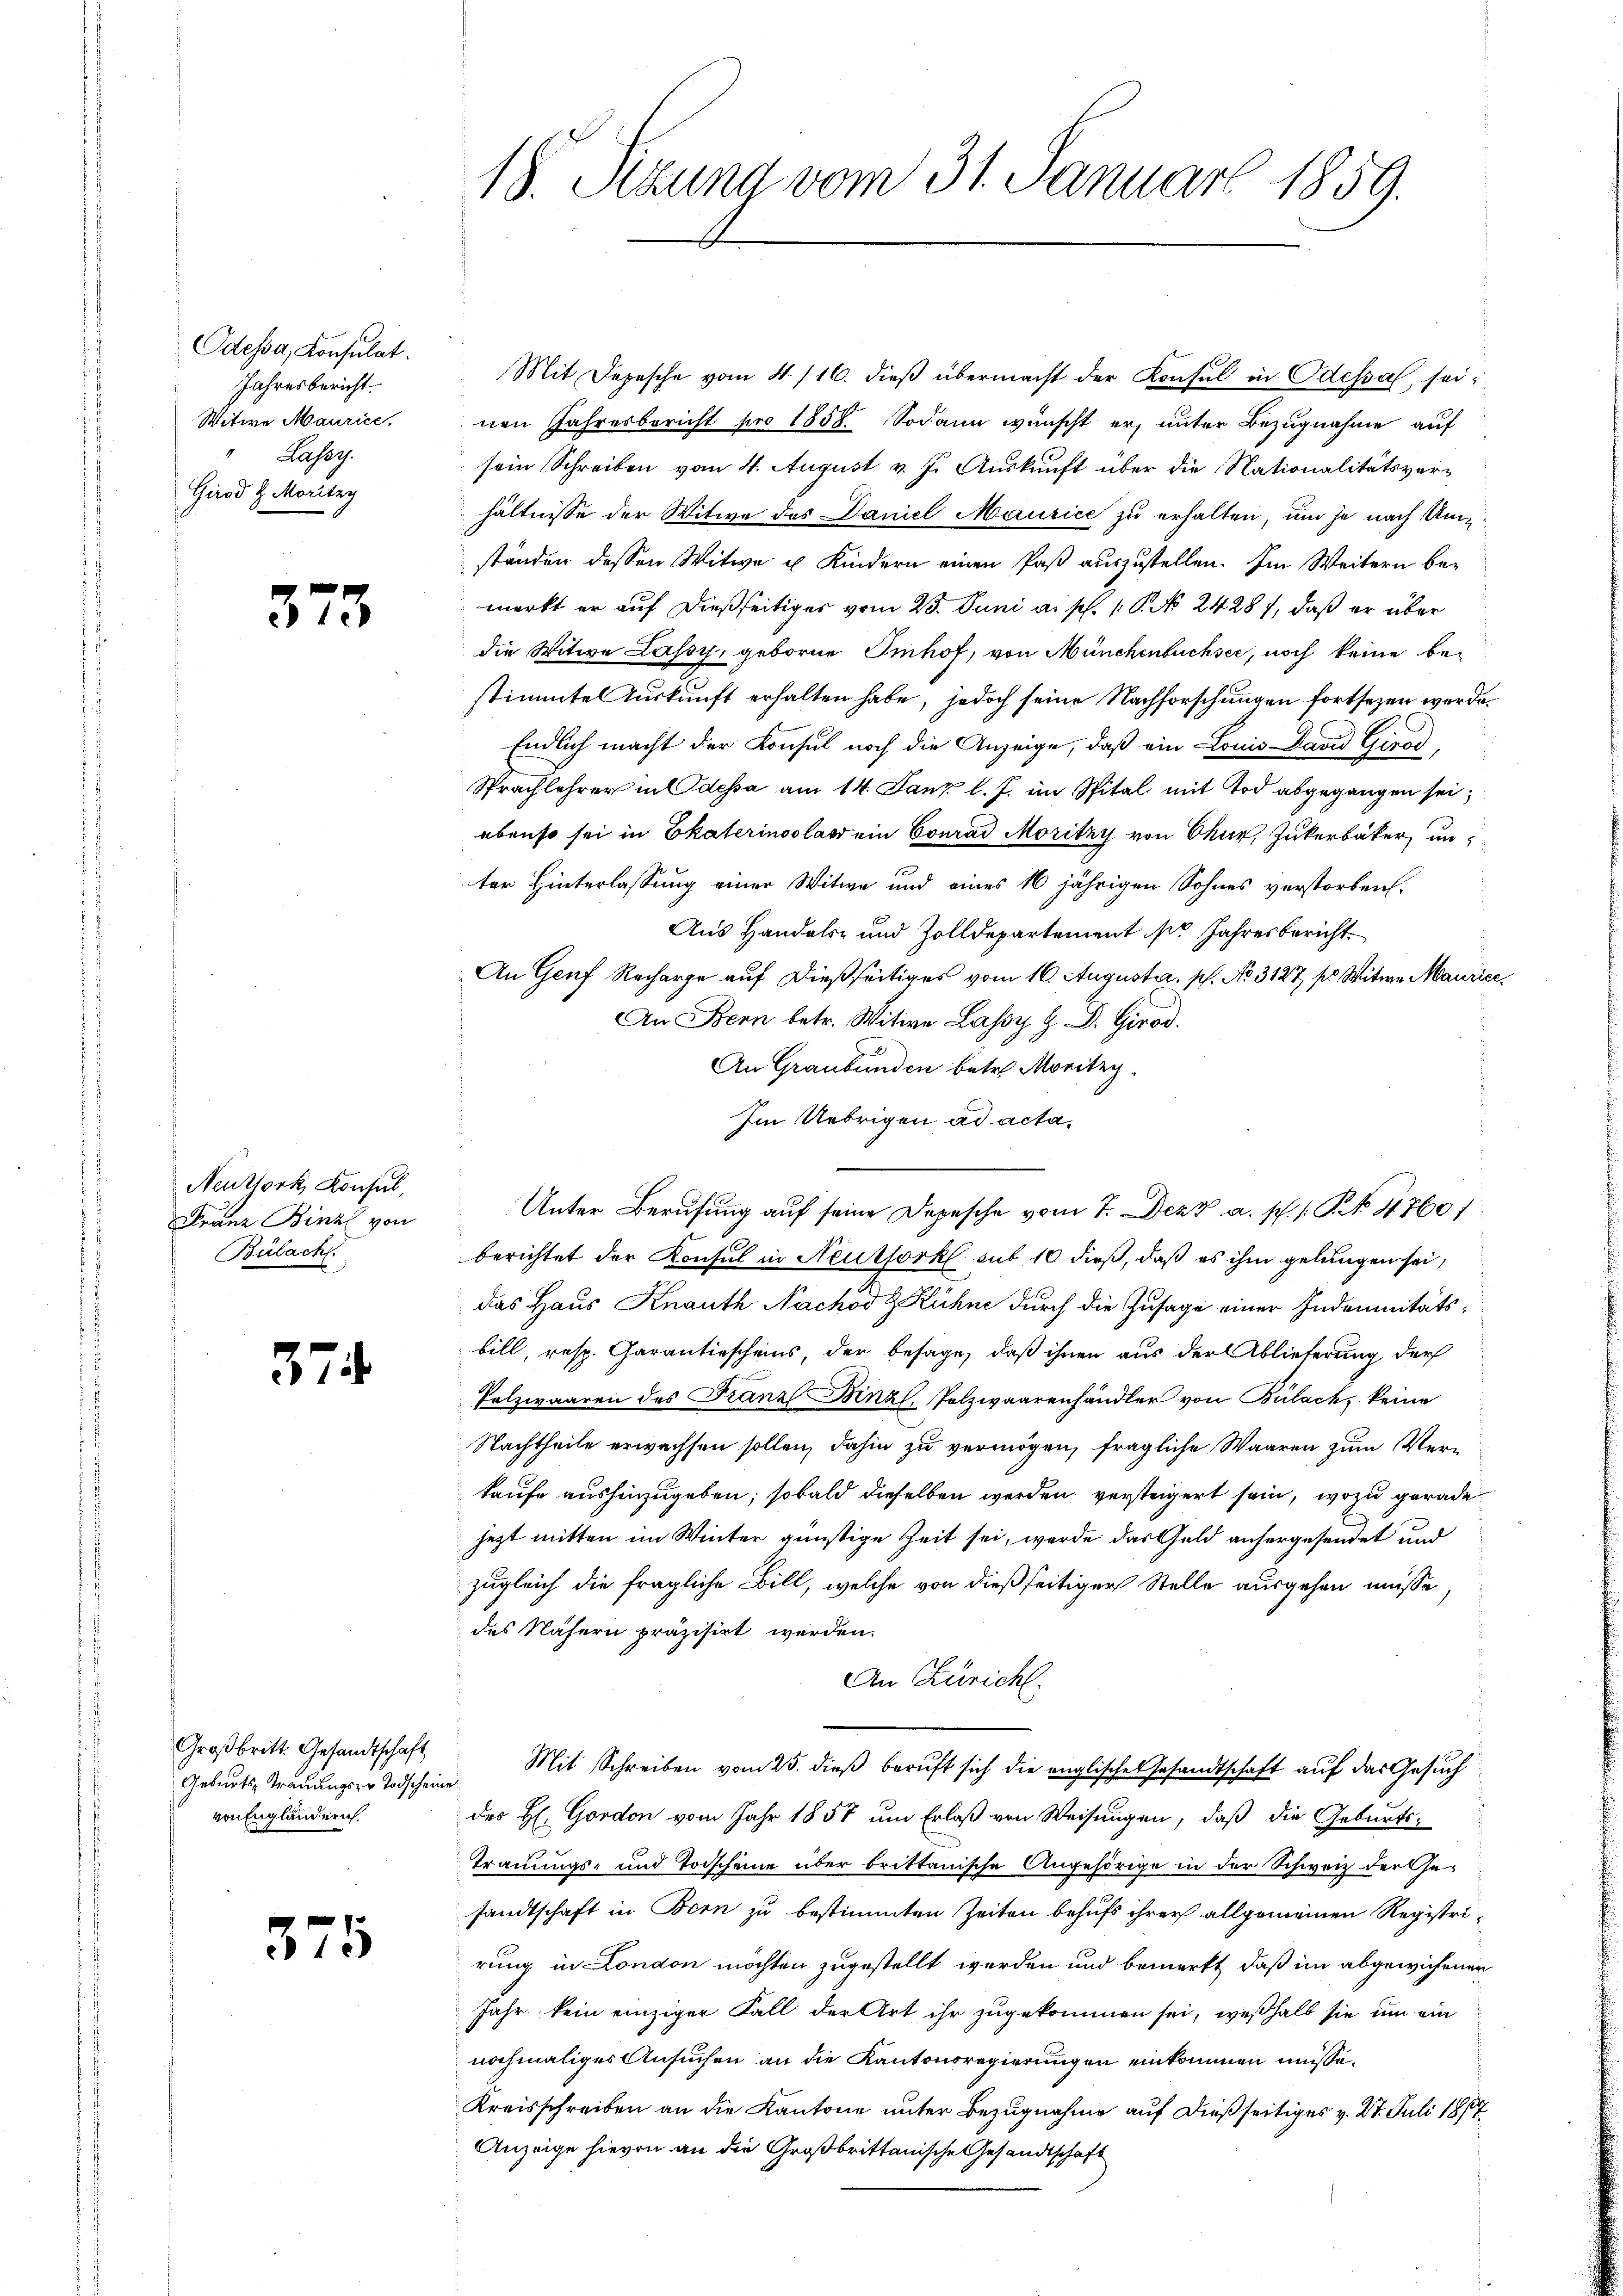
Odessa, Konsulat
Jahresbericht.
Witwe Maurice,
Lasse.
Girad Z. Moritzy

373

Neuttork, Konsul,
Franz Binzl von
Bülach.

37

Großbritt. Gesandtschaft
Geburts- Trauungs- u Todscheine
von Engländern.

375

18. Rtzung vom 31. Januar 1859.

Mit Depesche vom 4/16. dieβ übermacht der Konsul in Odessal seinen Jahresbericht pro 1858. Sodann wünscht er, unter Bezugnahme auf
sein Schreiben vom 4. August v. J. Auskunft über die Nationalitätsverhältnisse der Witwe des Daniel Maurice zu erhalten, und je nach Umständen dessen Witwe u Kindern einen Paß auszustellen. Im Weitern bemerkt er auf dießseitiges vom 23. Juni a. p. 1 P. No 2428), daß er über
die Witwe Lassy, geborne Imhof, von Münchenbuchsee, noch keine bestimmte Auskunft erhalten habe, jedoch seine Nachforschungen fortsezen werde.
Endlich macht der Konsul noch die Anzeige, daß ein Louis David Gired,
Sprachlehrer in Odessa am 14. Janz l. J. im Spital mit Tod abgegangen sei,
ebenso sei in Ekaterinoslass ein Conrad Moritzy von Chur, Zukerbäker unter Hinterlassung einer Witwe und eines 16 jährigen Sohnes verstorben.
Aus Handels- und Zolldepartement sie Jahresbericht.
An Genf Recharge auf dießseitiges vom 16. Augusta. p. No 3127, ss Witwe Maurice,
An Bern betr. Witwe Lassy H. D. Girod.
An Graubünden betr. Moritzy
Im Uebrigen ad acta,
Unter Berufung auf seine Depesche vom 7. Dez. a. p. 1. P. No 4760/
berichtet der Konsul in Neuthorkl sub 10 dieß, daß es ihm gelungen sei,
das Haus Knauth Nachod G. Kühne durch die Zusage einer Indounitätsbill, resp. Garantiescheins, der besage, daß ihnen aus der Ablieferung der
Polzwaaren des Franz Binzl, Polzwaarenhändler von Bülach, keine
Nachtheile erwachsen sollen, dahin zu vermögen, fragliche Waaren zum Verkaufe aushinzugeben, sobald dieselben werden versteigert sein, wozu gerade
jezt mitten im Winter günstige Zeit sei, werde das Geld anhergesendet und
zugleich die fragliche Bill, welche von dießseitiger Stelle ausgehen müsse
des Nähern präzisirt werden.
An Züricht.
Mit Schreiben vom 25. dieß beruft sich die englische Gesandtschaft auf das Gesuch
des H. Gordon vom Jahr 1857 um Erlaß von Weisungen, daß die Geburts-
Trauungs- und Torscheine über brittanische Angehörige in der Schweiz der Gesandtschaft in Bern zu bestimmten Zeiten behufs ihrer allgemeinen Registrirung in London möchten zugestellt werden und bemerkt, daß im abgewichener
Jahr kein einziger Fall der Art ihr zugekommen sei, weßhalb sie um ein
nochmaliges Ansuchen an die Kantonsregierungen einkommen müsse.
Kreisschreiben an die Kantone unter Bezugnahme auf dießseitiges v. 27. Juli 1817
Anzeige hievon an die Großbrittanische Gesandtschaft